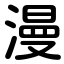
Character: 漫